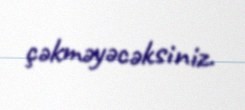
çəkməyəcəksiniz.